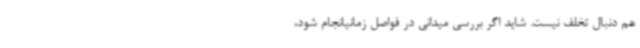
هم دنبال تخلف نیست. شاید اگر بررسی میدانی در فواصل زمانیانجام شود،